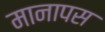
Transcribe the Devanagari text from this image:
मानापस